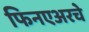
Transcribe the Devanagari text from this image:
फिनएअरचे